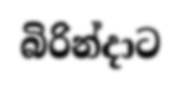
බිරින්දාට